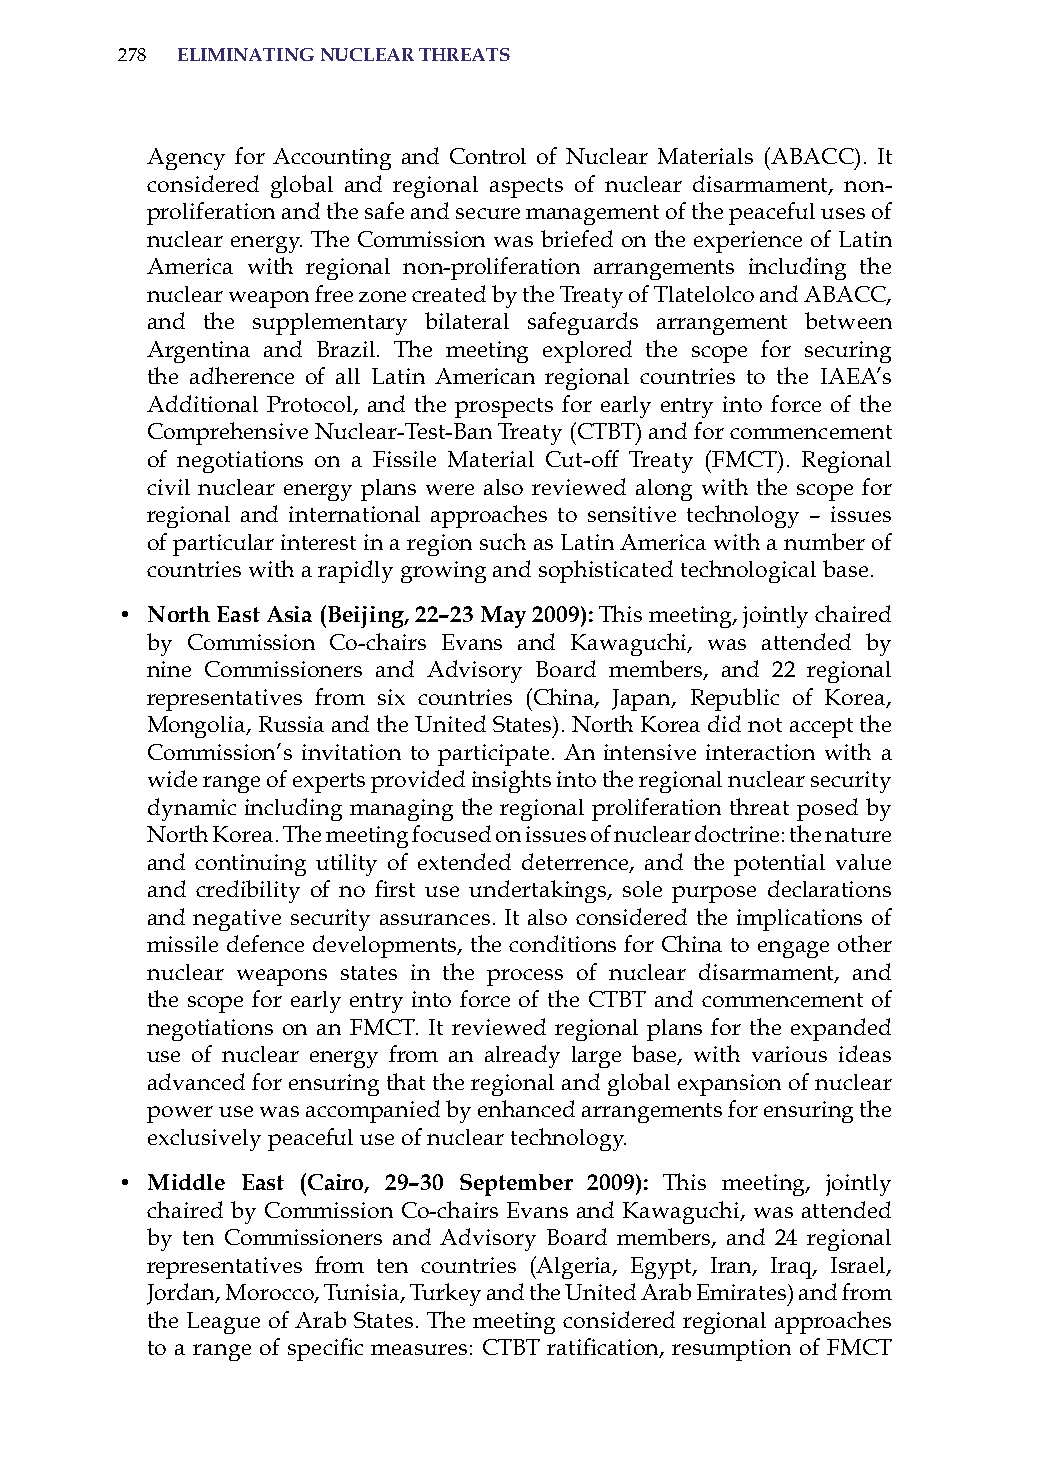
278 eliminatinG nuclear threats
 agency for accounting and Control of Nuclear Materials (aBaCC). it
 considered global and regional aspects of nuclear disarmament, non-
 proliferation and the safe and secure management of the peaceful uses of
 nuclear energy. The Commission was briefed on the experience of Latin
 america with regional non-proliferation arrangements including the
 nuclear weapon free zone created by the Treaty of Tlatelolco and aBaCC,
 and the supplementary bilateral safeguards arrangement between
 argentina and Brazil. The meeting explored the scope for securing
 the adherence of all Latin american regional countries to the iaEa’s
 additional Protocol, and the prospects for early entry into force of the
 Comprehensive Nuclear-Test-Ban Treaty (CTBT) and for commencement
 of negotiations on a Fissile Material Cut-off Treaty (FMCT). regional
 civil nuclear energy plans were also reviewed along with the scope for
 regional and international approaches to sensitive technology – issues
 of particular interest in a region such as Latin america with a number of
 countries with a rapidly growing and sophisticated technological base.
 • north east asia (Beijing, 22–23 may 2009): This meeting, jointly chaired
 by Commission Co-chairs Evans and Kawaguchi, was attended by
 nine Commissioners and advisory Board members, and 22 regional
 representatives from six countries (China, Japan, republic of Korea,
 Mongolia, russia and the United states). North Korea did not accept the
 Commission’s invitation to participate. an intensive interaction with a
 wide range of experts provided insights into the regional nuclear security
 dynamic including managing the regional proliferation threat posed by
 North Korea. The meeting focused on issues of nuclear doctrine: the nature
 and continuing utility of extended deterrence, and the potential value
 and credibility of no first use undertakings, sole purpose declarations
 and negative security assurances. it also considered the implications of
 missile defence developments, the conditions for China to engage other
 nuclear weapons states in the process of nuclear disarmament, and
 the scope for early entry into force of the CTBT and commencement of
 negotiations on an FMCT. it reviewed regional plans for the expanded
 use of nuclear energy from an already large base, with various ideas
 advanced for ensuring that the regional and global expansion of nuclear
 power use was accompanied by enhanced arrangements for ensuring the
 exclusively peaceful use of nuclear technology.
 • middle east (cairo, 29–30 september 2009): This meeting, jointly
 chaired by Commission Co-chairs Evans and Kawaguchi, was attended
 by ten Commissioners and advisory Board members, and 24 regional
 representatives from ten countries (algeria, Egypt, iran, iraq, israel,
 Jordan, Morocco, Tunisia, Turkey and the United arab Emirates) and from
 the League of arab states. The meeting considered regional approaches
 to a range of specific measures: CTBT ratification, resumption of FMCT